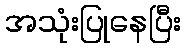
အသုံးပြုနေပြီး